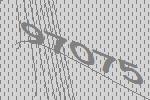
97075